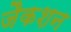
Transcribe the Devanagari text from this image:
जैकशन